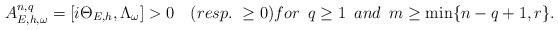
LaTeX: \begin{align*} A^{n,q}_{E,h,\omega}=[i\Theta_{E,h},\Lambda_\omega]>0\quad(resp.~\geq0)for~\, q\geq1 ~\,and~\, m\geq\min\{n-q+1,r\}. \end{align*}